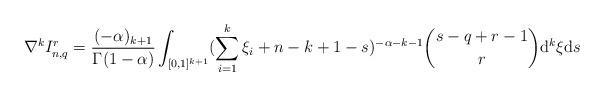
LaTeX: \begin{align*}\nabla^{k}I_{n,q}^{r}=\frac{(-\alpha)_{k+1}}{\Gamma(1-\alpha)}\int_{[0, 1]^{k+1}}(\sum_{i=1}^{k}\xi_{i}+n-k+1-s)^{-\alpha-k-1}\binom{s-q+r-1}{r}\mathrm{d}^{k}\mathbf{\xi}\mathrm{d}s\end{align*}